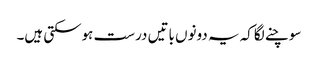
سوچنے لگاکہ یہ دونوں باتیں درست ہوسکتی ہیں۔